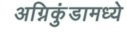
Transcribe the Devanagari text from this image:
अग्निकुंडामध्ये